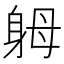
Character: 𨈶